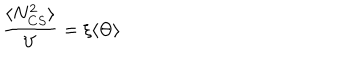
\frac { \langle N _ { C S } ^ { 2 } \rangle } { V } = \xi \langle \Theta \rangle